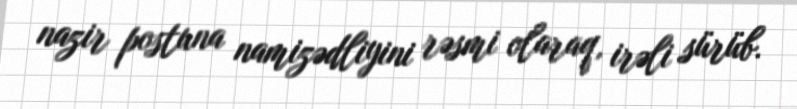
nazir postuna namizədliyini rəsmi olaraq, irəli sürüb.